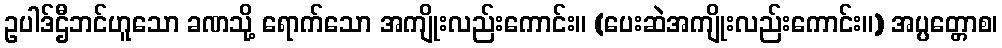
ဥပါဒ်ဌီဘင်ဟူသော ခဏသို့ ရောက်သော အကျိုးလည်းကောင်း။ (ပေးဆဲအကျိုးလည်းကောင်း။) အပ္ပတ္တောစ၊